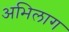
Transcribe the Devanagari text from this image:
अभिलाग